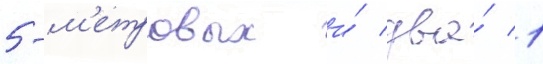
5-м'етровых и́ два́ 1